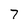
Character: 7